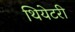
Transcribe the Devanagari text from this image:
थियेटरी